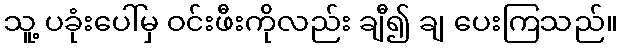
သူ့ ပခုံးပေါ်မှ ဝင်းဖီးကိုလည်း ချီ၍ ချ ပေးကြသည်။